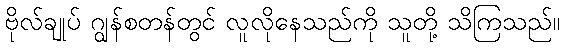
ဗိုလ်ချုပ် ဂျွန်စတန်တွင် လူလိုနေသည်ကို သူတို့ သိကြသည်။